Report on horse surra - Volume II, Part I
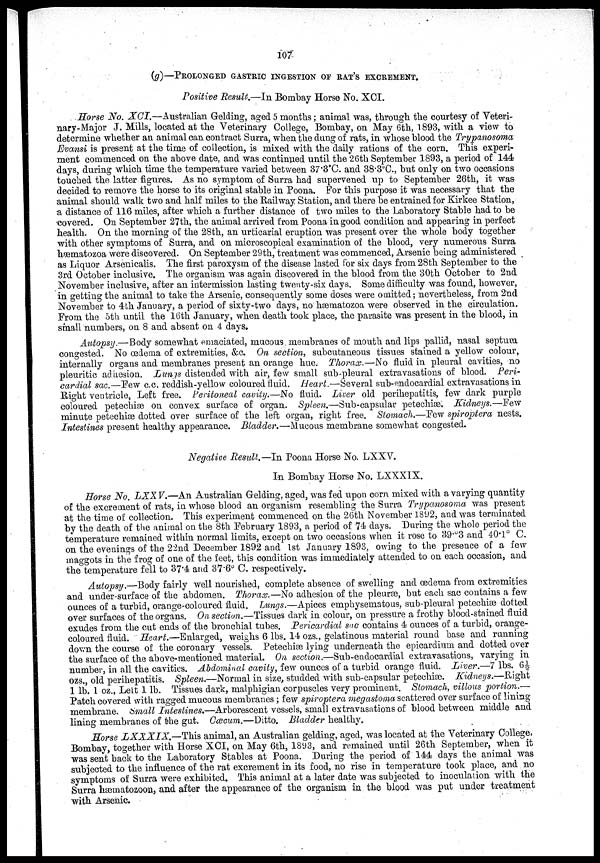
107
(g)—PROLONGED GASTRIC INGESTION OF RAT'S EXCREMENT.
Positive Result.—In Bombay Horse No. XCI.
Horse No. XCI.—Australian Gelding, aged 5 months; animal was, through the courtesy of Veteri-
nary-Major J. Mills, located at the Veterinary College, Bombay, on May 6th, 1893, with a view to
determine whether an animal can contract Surra, when the dung of rats, in whose blood the Trypanosoma
Evansi is present at the time of collection, is mixed with the daily rations of the corn. This experi-
ment commenced on the above date, and was continued until the 26th September 1893, a period of 144
days, during which time the temperature varied between 37.3°C. and 38.3°C., but only on two occasions
touched the latter figures. As no symptom of Surra had supervened up to September 26th, it was
decided to remove the horse to its original stable in Poona. For this purpose it was necessary that the
animal should walk two and half miles to the Railway Station, and there be entrained for Kirkee Station,
a distance of 116 miles, after which a further distance of two miles to the Laboratory Stable had to be
covered. On September 27th, the animal arrived from Poona in good condition and appearing in perfect
health. On the morning of the 28th, an urticarial eruption was present over the whole body together
with other symptoms of Surra, and on microscopical examination of the blood, very numerous Surra
hæmatozoa were discovered. On September 29th, treatment was commenced, Arsenic being administered
as Liquor Arsenicalis. The first paroxysm of the disease lasted for six days from 28th September to the
3rd October inclusive. The organism was again discovered in the blood from the 30th October to 2nd
November inclusive, after an intermission lasting twenty-six days. Some difficulty was found, however,
in getting the animal to take the Arsenic, consequently some doses were omitted; nevertheless, from 2nd
November to 4th January, a period of sixty-two days, no hæmatozoa were observed in the circulation.
From the 5th until the 16th January, when death took place, the parasite was present in the blood, in
small numbers, on 8 and absent on 4 days.
Autopsy.—Body somewhat emaciated, mucous membranes of mouth and lips pallid, nasal septum
congested. No œdema of extremities, &c. On section, subcutaneous tissues stained a yellow colour,
internally organs and membranes present an orange hue. Thorax.—No fluid in pleural cavities, no
pleuritic adhesion. Lungs distended with air, few small sub-pleural extravasations of blood. Peri-
cardial sac.—Few c.c. reddish-yellow coloured fluid. Heart.—Several sub-endocardial extravasations in
Right ventricle, Left free. Peritoneal cavity.—No fluid. Liver old perihepatitis, few dark purple
coloured petechiæ on convex surface of organ. Spleen.—Sub-capsular petechiæ. Kidneys.—Few
minute petechiæ dotted over surface of the left organ, right free. Stomach.—Few spiroptera nests.
Intestines present healthy appearance. Bladder.—Mucous membrane somewhat congested.
Negative Result.—In Poona Horse No. LXXV.
In Bombay Horse No. LXXXIX.
Horse No. LXX V.—An Australian Gelding, aged, was fed upon corn mixed with a varying quantity
of the excrement of rats, in whose blood an organism resembling the Surra Trypanosoma was present
at the time of collection. This experiment commenced on the 26th November 1892, and was terminated
by the death of the animal on the 8th February 1893, a period of 74 days. During the whole period the
temperature remained within normal limits, except on two occasions when it rose to 39.°3 and 40.1° C.
on the evenings of the 22nd December 1892 and 1st January 1893, owing to the presence of a few
maggots in the frog of one of the feet, this condition was immediately attended to on each occasion, and
the temperature fell to 37.4 and 37.6° C. respectively.
Autopsy.—Body fairly well nourished, complete absence of swelling and œdema from extremities
and under-surface of the abdomen. Thorax.—No adhesion of the pleuræ, but each sac contains a few
ounces of a turbid, orange-coloured fluid. Lungs.—Apices emphysematous, sub-pleural petechiæ dotted
over surfaces of the organs. On section.—Tissues dark in colour, on pressure a frothy blood-stained fluid
exudes from the cut ends of the bronchial tubes. Pericardial sac contains 4 ounces of a turbid, orange-
coloured fluid. Heart.—Enlarged, weighs 6 lbs. 14 ozs., gelatinous material round base and running
down the course of the coronary vessels. Petechiæ lying underneath the epicardium and dotted over
the surface of the above-mentioned material. On section.—Sub-endocardial extravasations, varying in
number, in all the cavities. Abdominal cavity, few ounces of a turbid orange fluid. Liver.—7 lbs. 6½.
ozs., old perihepatitis. Spleen.—Normal in size, studded with sub-capsular petechiæ. Kidneys.—Right
1 lb. 1 oz., Left 1 lb. Tissues dark, malphigian corpuscles very prominent. Stomach, villous portion.—
Patch covered with ragged mucous membranes; few spiroptera megastoma scattered over surface of lining
membrane. Small Intestines.—Arborescent vessels, small extravasations of blood between middle and
lining membranes of the gut. Cæcum.—Ditto. Bladder healthy.
Horse LXXXIX.—This
animal, an Australian gelding, aged, was located at the Veterinary College,
Bombay, together with Horse XCI, on May 6th, 1893, and remained until 26th September, when it
was sent back to the Laboratory Stables at Poona. During the period of 144 days the animal was
subjected to the influence of the rat excrement in its food, no rise in temperature took place, and no
symptoms of Surra were exhibited. This animal at a later date was subjected to inoculation with the
Surra hæmatozoon, and after the appearance of the organism in the blood was put under treatment
with Arsenic.